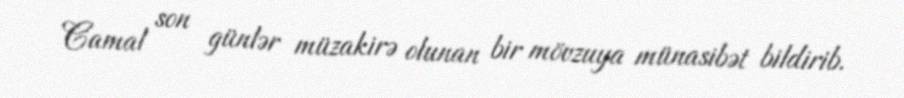
Camal son günlər müzakirə olunan bir mövzuya münasibət bildirib.